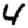
Digit: 4